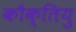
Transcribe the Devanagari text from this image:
कौक्तियु